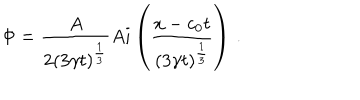
LaTeX: \Phi = { \frac { A } { 2 ( 3 \gamma t ) ^ { \frac { 1 } { 3 } } } } A i \left( { \frac { x - c _ { 0 } t } { ( 3 \gamma t ) ^ { \frac { 1 } { 3 } } } } \right) \, .